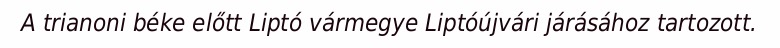
A trianoni béke előtt Liptó vármegye Liptóújvári járásához tartozott.